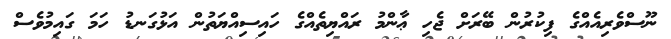
ނޫސްވެރިއެއްގެ ފިކުރުން ބޭރަށް ޖެހި ޢާންމު ރައްޔިތެއްގެ ހައިސިއްޔަތުން އަޅުގަނޑު ހަމަ ގައިމުވެސް